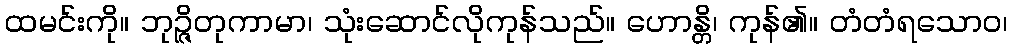
ထမင်းကို။ ဘုဉ္ဇိတုကာမာ၊ သုံးဆောင်လိုကုန်သည်။ ဟောန္တိ၊ ကုန်၏။ တံတံရသောဝ၊